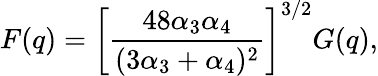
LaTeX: F(q)=\left[\frac{48\alpha_{3}\alpha_{4}}{(3\alpha_{3}+\alpha_{4})^{2}}\right]^{3/2}G(q),